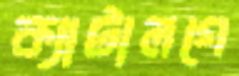
ক্যাটালগে